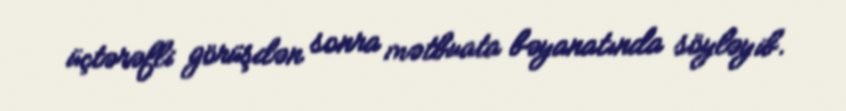
üçtərəfli görüşdən sonra mətbuata bəyanatında söyləyib.